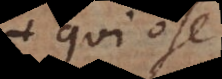
qui ose